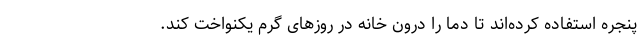
پنجره استفاده کرده‌اند تا دما را درون خانه در روزهای گرم یکنواخت کند.